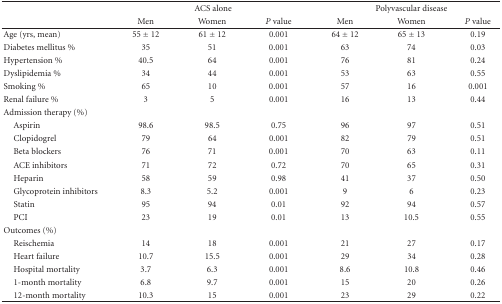
|  | <COLSPAN=3> ACS alone | <COLSPAN=3> Polyvascular disease |
 |  | Men | Women | P value | Men | Women | P value |
 | --- | --- | --- | --- | --- | --- | --- |
 | Age (yrs, mean) | 55 ± 12 | 61 ± 12 | 0.001 | 64 ± 12 | 65 ± 13 | 0.19 |
 | Diabetes mellitus % | 35 | 51 | 0.001 | 63 | 74 | 0.03 |
 | Hypertension % | 40.5 | 64 | 0.001 | 76 | 81 | 0.24 |
 | Dyslipidemia % | 34 | 44 | 0.001 | 53 | 63 | 0.55 |
 | Smoking % | 65 | 10 | 0.001 | 57 | 16 | 0.001 |
 | Renal failure % | 3 | 5 | 0.001 | 16 | 13 | 0.44 |
 | Admission therapy (%) |  |  |  |  |  |  |
 | Aspirin | 98.6 | 98.5 | 0.75 | 96 | 97 | 0.51 |
 | Clopidogrel | 79 | 64 | 0.001 | 82 | 79 | 0.51 |
 | Beta blockers | 76 | 71 | 0.001 | 70 | 63 | 0.11 |
 | ACE inhibitors | 71 | 72 | 0.72 | 70 | 65 | 0.31 |
 | Heparin | 58 | 59 | 0.98 | 41 | 37 | 0.50 |
 | Glycoprotein inhibitors | 8.3 | 5.2 | 0.001 | 9 | 6 | 0.23 |
 | Statin | 95 | 94 | 0.01 | 92 | 94 | 0.57 |
 | PCI | 23 | 19 | 0.01 | 13 | 10.5 | 0.55 |
 | Outcomes (%) |  |  |  |  |  |  |
 | Reischemia | 14 | 18 | 0.001 | 21 | 27 | 0.17 |
 | Heart failure | 10.7 | 15.5 | 0.001 | 29 | 34 | 0.28 |
 | Hospital mortality | 3.7 | 6.3 | 0.001 | 8.6 | 10.8 | 0.46 |
 | 1-month mortality | 6.8 | 9.7 | 0.001 | 15 | 20 | 0.26 |
 | 12-month mortality | 10.3 | 15 | 0.001 | 23 | 29 | 0.22 |